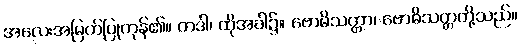
အလေးအမြတ်ပြုကုန်၏။ တဒါ၊ ထိုအခါ၌။ ဗောဓိသတ္တာ၊ ဗောဓိသတ္တတို့သည်။